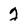
Character: 2